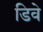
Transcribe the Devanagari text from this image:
डिवे